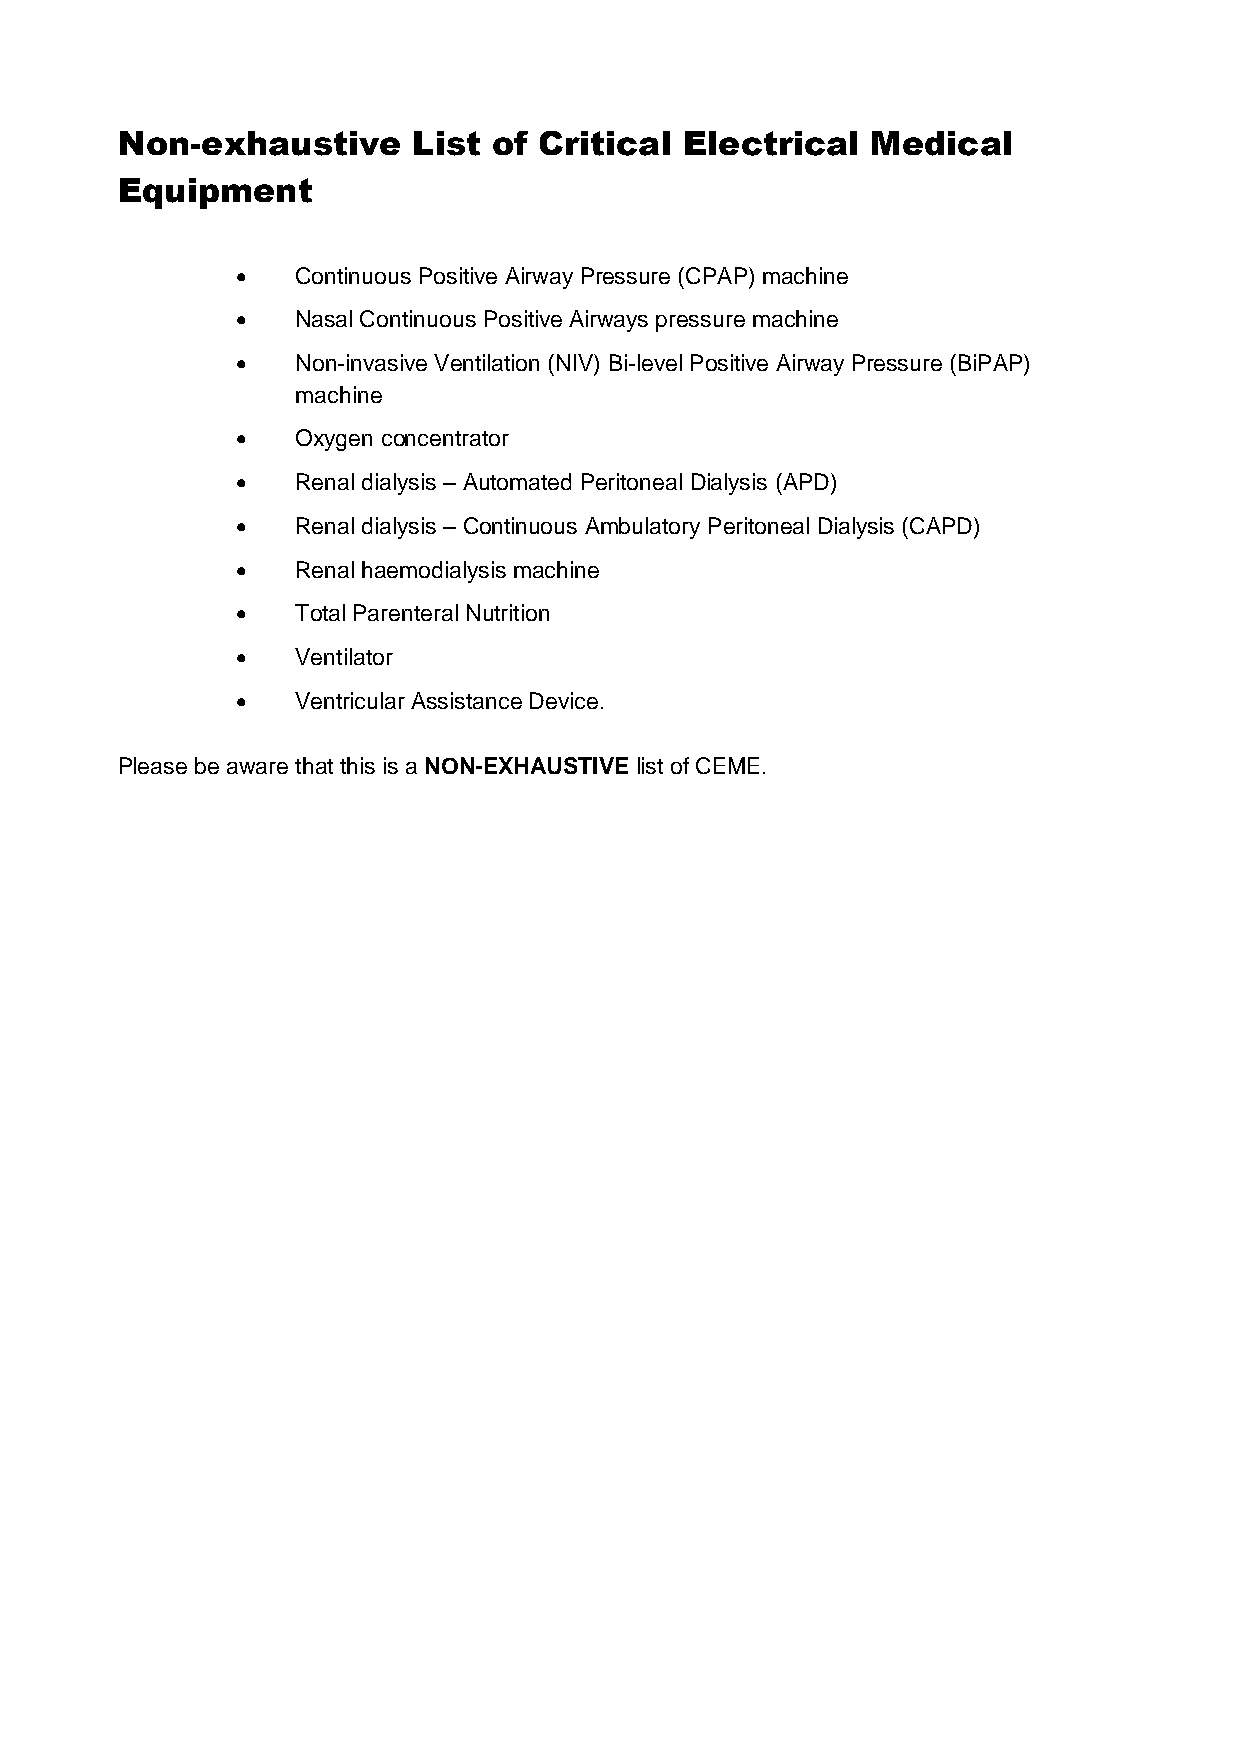
Non-exhaustive     List  of Critical Electrical   Medical
 Equipment
    Continuous Positive Airway Pressure (CPAP) machine
    Nasal Continuous Positive Airways pressure machine
    Non-invasive Ventilation (NIV) Bi-level Positive Airway Pressure (BiPAP)
 machine
    Oxygen concentrator
    Renal dialysis – Automated Peritoneal Dialysis (APD)
    Renal dialysis – Continuous Ambulatory Peritoneal Dialysis (CAPD)
    Renal haemodialysis machine
    Total Parenteral Nutrition
    Ventilator
    Ventricular Assistance Device.
 Please be aware that this is a NON-EXHAUSTIVE list of CEME.